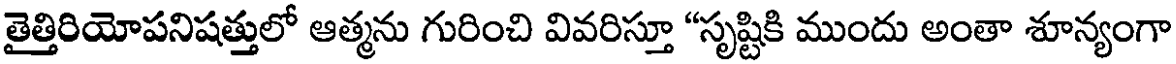
తైత్తిరియోపనిషత్తులో ఆత్మను గురించి వివరిస్తూ "సృష్టికి ముందు అంతా శూన్యంగా